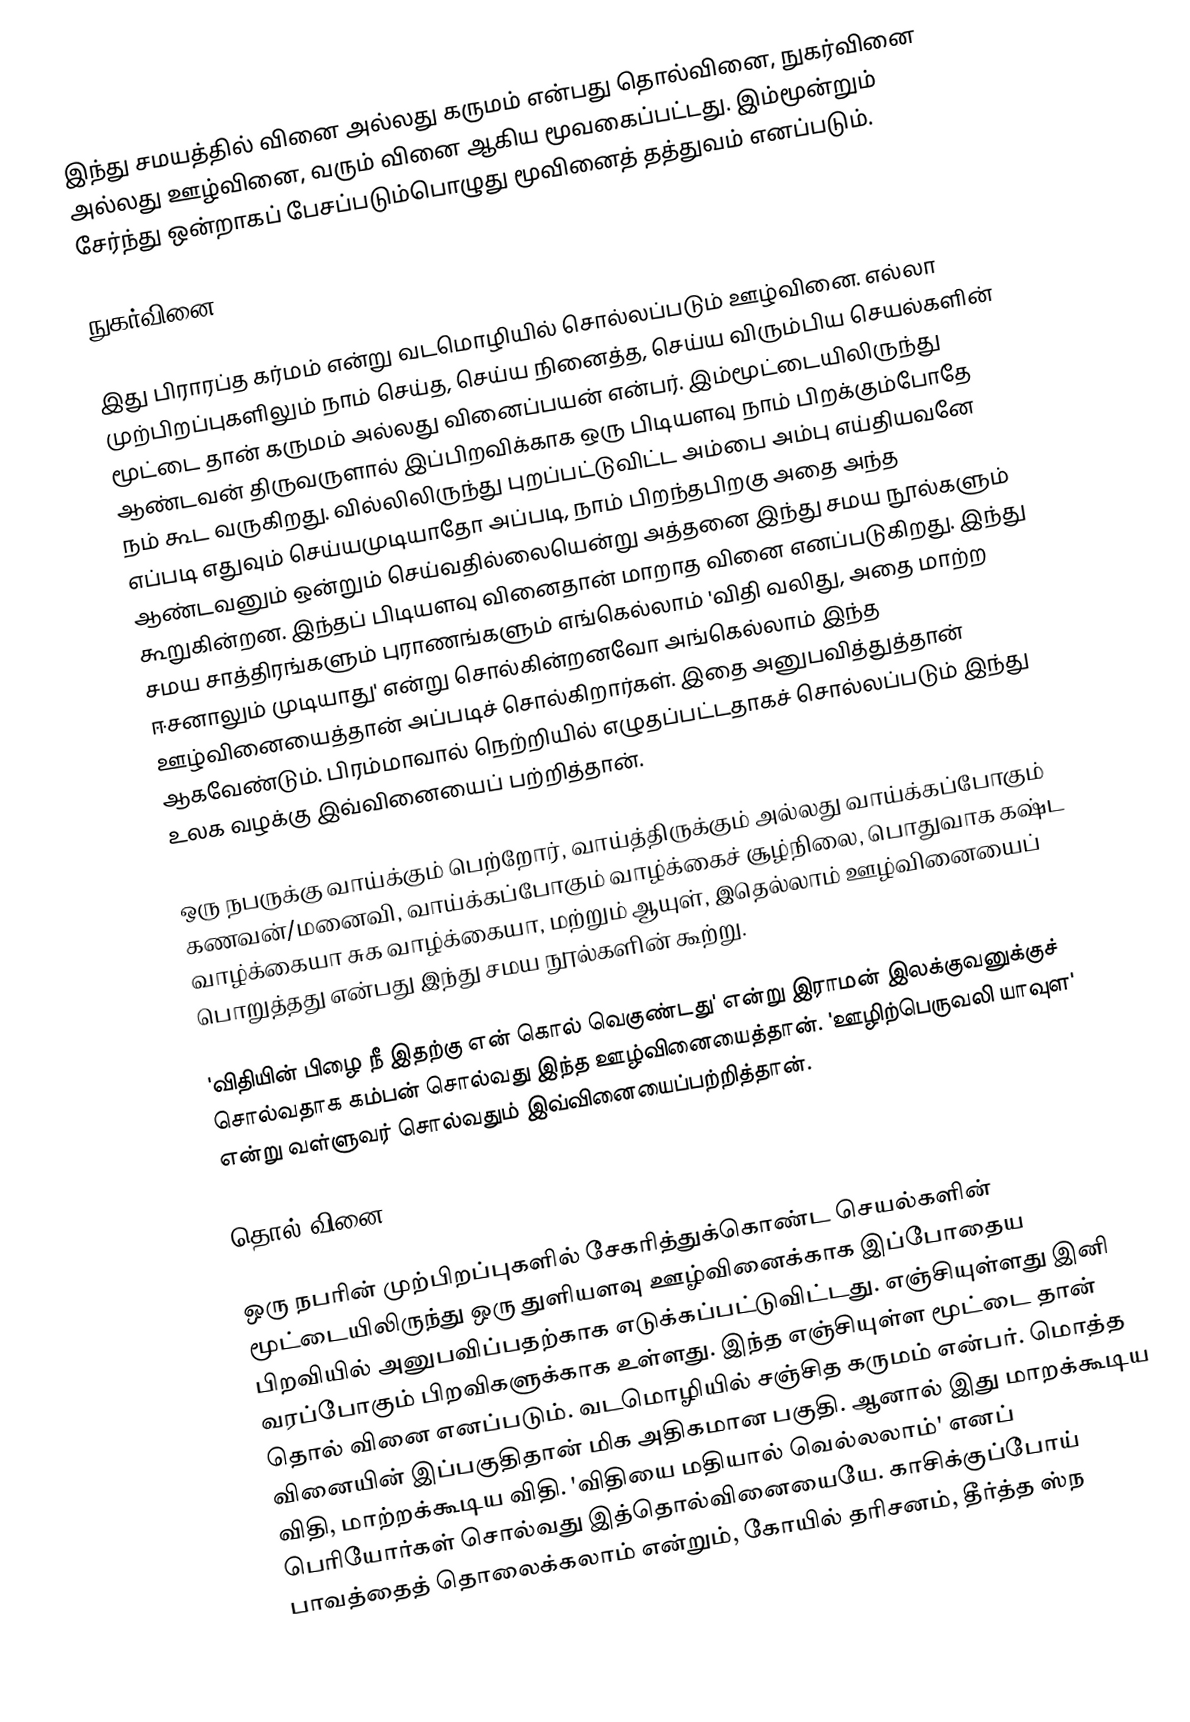
இந்து சமயத்தில் வினை அல்லது கருமம் என்பது தொல்வினை, நுகர்வினை அல்லது ஊழ்வினை, வரும் வினை ஆகிய  மூவகைப்பட்டது. இம்மூன்றும்  சேர்ந்து ஒன்றாகப் பேசப்படும்பொழுது மூவினைத் தத்துவம் எனப்படும்.

நுகர்வினை

இது பிராரப்த கர்மம் என்று வடமொழியில் சொல்லப்படும் ஊழ்வினை.  எல்லா முற்பிறப்புகளிலும் நாம் செய்த, செய்ய நினைத்த, செய்ய விரும்பிய  செயல்களின் மூட்டை தான் கருமம் அல்லது வினைப்பயன் என்பர். இம்மூட்டையிலிருந்து ஆண்டவன் திருவருளால் இப்பிறவிக்காக ஒரு பிடியளவு நாம் பிறக்கும்போதே நம் கூட வருகிறது.  வில்லிலிருந்து புறப்பட்டுவிட்ட அம்பை அம்பு எய்தியவனே எப்படி எதுவும் செய்யமுடியாதோ அப்படி, நாம் பிறந்தபிறகு அதை அந்த ஆண்டவனும் ஒன்றும் செய்வதில்லையென்று அத்தனை இந்து சமய நூல்களும் கூறுகின்றன. இந்தப் பிடியளவு வினைதான் மாறாத வினை எனப்படுகிறது. இந்து சமய சாத்திரங்களும் புராணங்களும் எங்கெல்லாம் 'விதி வலிது, அதை மாற்ற ஈசனாலும் முடியாது' என்று சொல்கின்றனவோ அங்கெல்லாம் இந்த ஊழ்வினையைத்தான்  அப்படிச் சொல்கிறார்கள். இதை அனுபவித்துத்தான் ஆகவேண்டும். பிரம்மாவால் நெற்றியில் எழுதப்பட்டதாகச் சொல்லப்படும் இந்து உலக வழக்கு இவ்வினையைப் பற்றித்தான்.

ஒரு நபருக்கு வாய்க்கும் பெற்றோர், வாய்த்திருக்கும் அல்லது வாய்க்கப்போகும் கணவன்/மனைவி, வாய்க்கப்போகும் வாழ்க்கைச் சூழ்நிலை, பொதுவாக கஷ்ட வாழ்க்கையா சுக வாழ்க்கையா, மற்றும் ஆயுள், இதெல்லாம் ஊழ்வினையைப் பொறுத்தது என்பது இந்து சமய நூல்களின் கூற்று.

'விதியின் பிழை நீ இதற்கு என் கொல் வெகுண்டது' என்று இராமன் இலக்குவனுக்குச் சொல்வதாக கம்பன் சொல்வது இந்த ஊழ்வினையைத்தான். 'ஊழிற்பெருவலி யாவுள' என்று வள்ளுவர் சொல்வதும் இவ்வினையைப்பற்றித்தான்.

தொல் வினை

ஒரு நபரின் முற்பிறப்புகளில் சேகரித்துக்கொண்ட செயல்களின் மூட்டையிலிருந்து ஒரு துளியளவு ஊழ்வினைக்காக  இப்போதைய பிறவியில் அனுபவிப்பதற்காக எடுக்கப்பட்டுவிட்டது. எஞ்சியுள்ளது இனி வரப்போகும் பிறவிகளுக்காக உள்ளது. இந்த எஞ்சியுள்ள மூட்டை தான் தொல் வினை எனப்படும். வடமொழியில் சஞ்சித கருமம் என்பர். மொத்த வினையின் இப்பகுதிதான் மிக அதிகமான பகுதி. ஆனால் இது மாறக்கூடிய விதி, மாற்றக்கூடிய விதி. 'விதியை மதியால் வெல்லலாம்' எனப் பெரியோர்கள் சொல்வது இத்தொல்வினையையே. காசிக்குப்போய் பாவத்தைத் தொலைக்கலாம் என்றும், கோயில் தரிசனம், தீர்த்த ஸ்ந